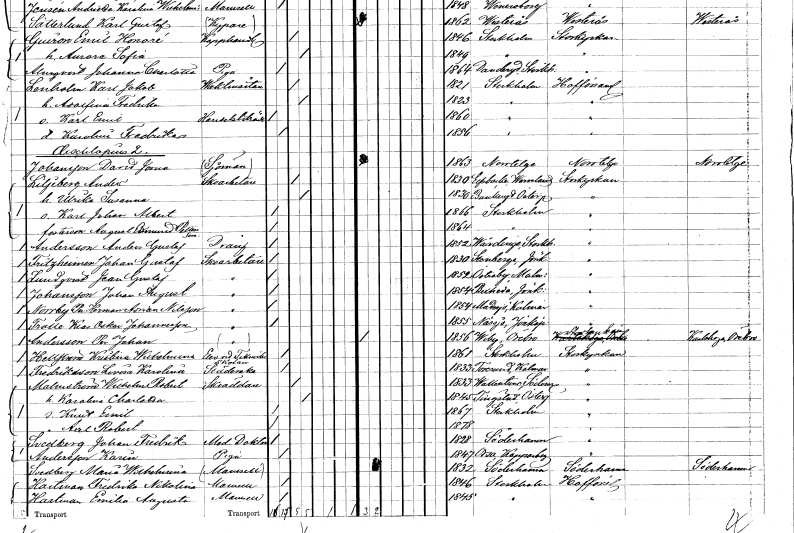
gt_parse: households: individuals: FN: David Jona
EN: Johansson
YRKE: Sjöman
KON: M
CIV: O
FODAR: 1863
FODFORS: Norrtälje Stockholms län
FN: Anders
EN: Liljeberg
YRKE: Skoarbetare
KON: M
CIV: G
FODAR: 1830
FODFORS: Älvsbacka Värmlands län
FN: Ulrika Susanna
KON: K
CIV: G
FODAR: 1830
FODFORS: Bankeryd Jönköpings län
FN: Karl Johan Albert
KON: M
CIV: O
FODAR: 1866
FODFORS: Stockholm
FN: August Edmund
EN: Pettersson
KON: M
CIV: O
FODAR: 1864
FODFORS: Stockholm
FN: Anders Gustaf
EN: Andersson
YRKE: Dräng
KON: M
CIV: O
FODAR: 1852
FODFORS: Vårdinge Stockholms län
FN: Johan Gustaf
EN: Fritzheimer
YRKE: Skoarbetare
KON: M
CIV: O
FODAR: 1830
FODFORS: Stenberga Jönköpings län
FN: Jean Gustaf
EN: Lundqvist
YRKE: Skoarbetare
KON: M
CIV: O
FODAR: 1852
FODFORS: Östraby Malmöhus län
FN: Johan August
EN: Johansson
YRKE: Skoarbetare
KON: M
CIV: O
FODAR: 1854
FODFORS: Bäckseda Jönköpings län
FN: Per Herman Anders
EN: Norrby Nilsson
YRKE: Skoarbetare
KON: M
CIV: O
FODAR: 1854
FODFORS: Madesjö Kalmar län
FN: Klas Oskar
EN: Trolle Johannesson
YRKE: Skoarbetare
KON: M
CIV: O
FODAR: 1855
FODFORS: Nässjö Jönköpings län
FN: Per Johan
EN: Andersson
YRKE: Skoarbetare
KON: M
CIV: O
FODAR: 1856
FODFORS: Viby Örebro län
FN: Kristina Wilhelmina
EN: Hellström
YRKE: Teknisk stud
KON: K
CIV: O
FODAR: 1861
FODFORS: Stockholm
FN: Lovisa Karolina
EN: Fredriksson
YRKE: Städerska
KON: K
CIV: O
FODAR: 1833
FODFORS: Torslunda Kalmar län
FN: Wilhelm Robert
EN: Malmström
YRKE: Skräddare
KON: M
CIV: G
FODAR: 1833
FODFORS: Vallentuna Stockholms län
FN: Karolina Charlotta
KON: K
CIV: G
FODAR: 1845
FODFORS: Tingstad Östergötlands län
FN: Knut Emil
KON: M
CIV: O
FODAR: 1867
FODFORS: Stockholm
FN: Axel Robert
KON: M
CIV: O
FODAR: 1878
FODFORS: Stockholm
FN: Johan Fredrik
EN: Svedberg
YRKE: Medicine doktor
KON: M
CIV: O
FODAR: 1828
FODFORS: Söderhamn Gävleborgs län
FN: Karin
EN: Andersson
YRKE: Piga
KON: K
CIV: O
FODAR: 1847
FODFORS: Orsa Kopparbergs län
FN: Maria Wilhelmina
EN: Svedberg
KON: K
CIV: O
FODAR: 1832
FODFORS: Söderhamn Gävleborgs län
FN: Fredrika Nikolina
EN: Hartman
KON: K
CIV: O
FODAR: 1846
FODFORS: Stockholm
FN: Emilia Augusta
EN: Hartman
KON: K
CIV: O
FODAR: 1845
FODFORS: Stockholm